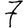
Digit: 7